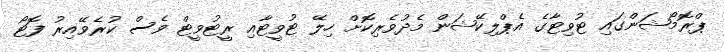
ޕްރޮމޯޝަންގައި ޓުވިޓާގެ އެޕްލިކޭޝަން މެދުވެރިކޮށް ހިލޭ ޓުވީޓާއި ރީޓުވީޓް ވެސް ކުރެވޭއިރު ފޮޓޯ